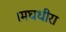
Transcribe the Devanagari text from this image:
।मघधीरा